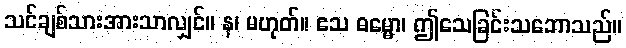
သင်ချစ်သားအားသာလျှင်။ န၊ မဟုတ်။ ဧသ ဓမ္မော၊ ဤသေခြင်းသဘောသည်။